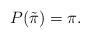
LaTeX: \begin{align*}P( \tilde{\pi}) = \pi.\end{align*}